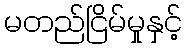
မတည်ငြိမ်မှုနှင့်